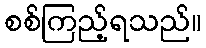
စစ်ကြည့်ရသည်။